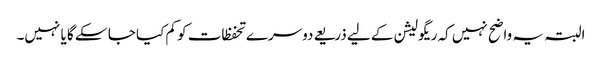
البتہ یہ واضح نہیں کہ ریگولیشن کے لیے ذریعے دوسرے تحفظات کو کم کیا جا سکے گا یا نہیں۔